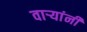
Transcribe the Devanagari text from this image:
वाऱ्यांनी